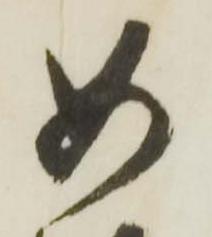
如